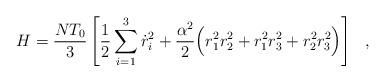
LaTeX: \begin{align*}H = \frac{NT_0}{3} \left[ \frac{1}{2} \sum_{i=1}^3 \dot{r}_i^2+ \frac{\alpha^2}{2} \Big( r_1^2 r_2^2 + r_1^2 r_3^2 + r_2^2 r_3^2 \Big) \right]~~,\end{align*}